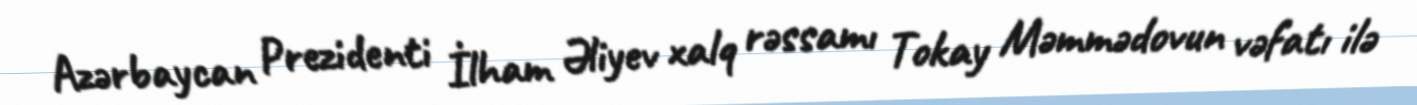
Azərbaycan Prezidenti İlham Əliyev xalq rəssamı Tokay Məmmədovun vəfatı ilə